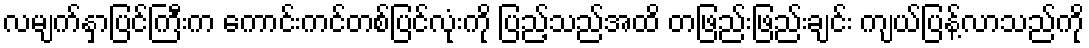
လမျက်နှာပြင်ကြီးက ကောင်းကင်တစ်ပြင်လုံးကို ပြည့်သည်အထိ တဖြည်းဖြည်းချင်း ကျယ်ပြန့်လာသည်ကို